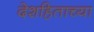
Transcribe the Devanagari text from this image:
देशहिताच्या